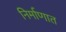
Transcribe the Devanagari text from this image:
निर्माणात